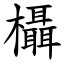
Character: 欇